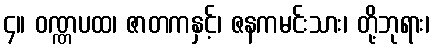
၄။ ဝဏ္ဏပထ၊ ဇာတကနှင့်၊ ဇနကမင်းသား၊ တို့ဘုရား၊